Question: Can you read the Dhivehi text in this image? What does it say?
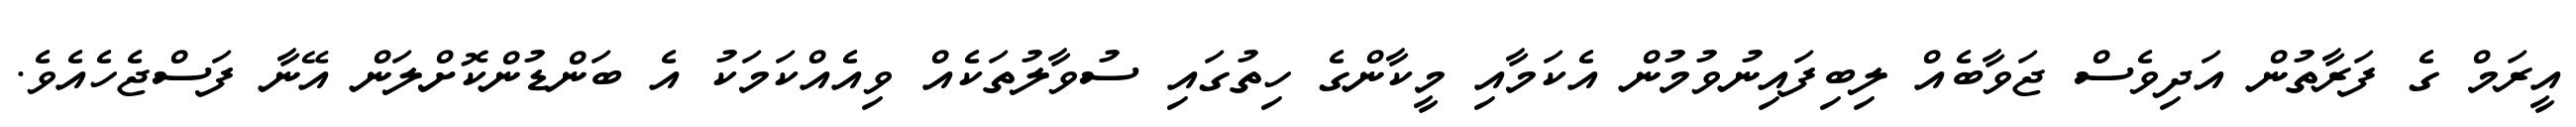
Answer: އީރަމް ގެ ފަރާތުން އަދިވެސް ޖަވާބެއް ލިބިފައިނުވުމުން އެކަމާއި މީކާންގެ ހިތުގައި ސުވާލުތަކެއް ވިއެއްކަމަކު އެ ބަންޑުންކޮށްލަން އޭނާ ފަސްޖެހެއެވެ.